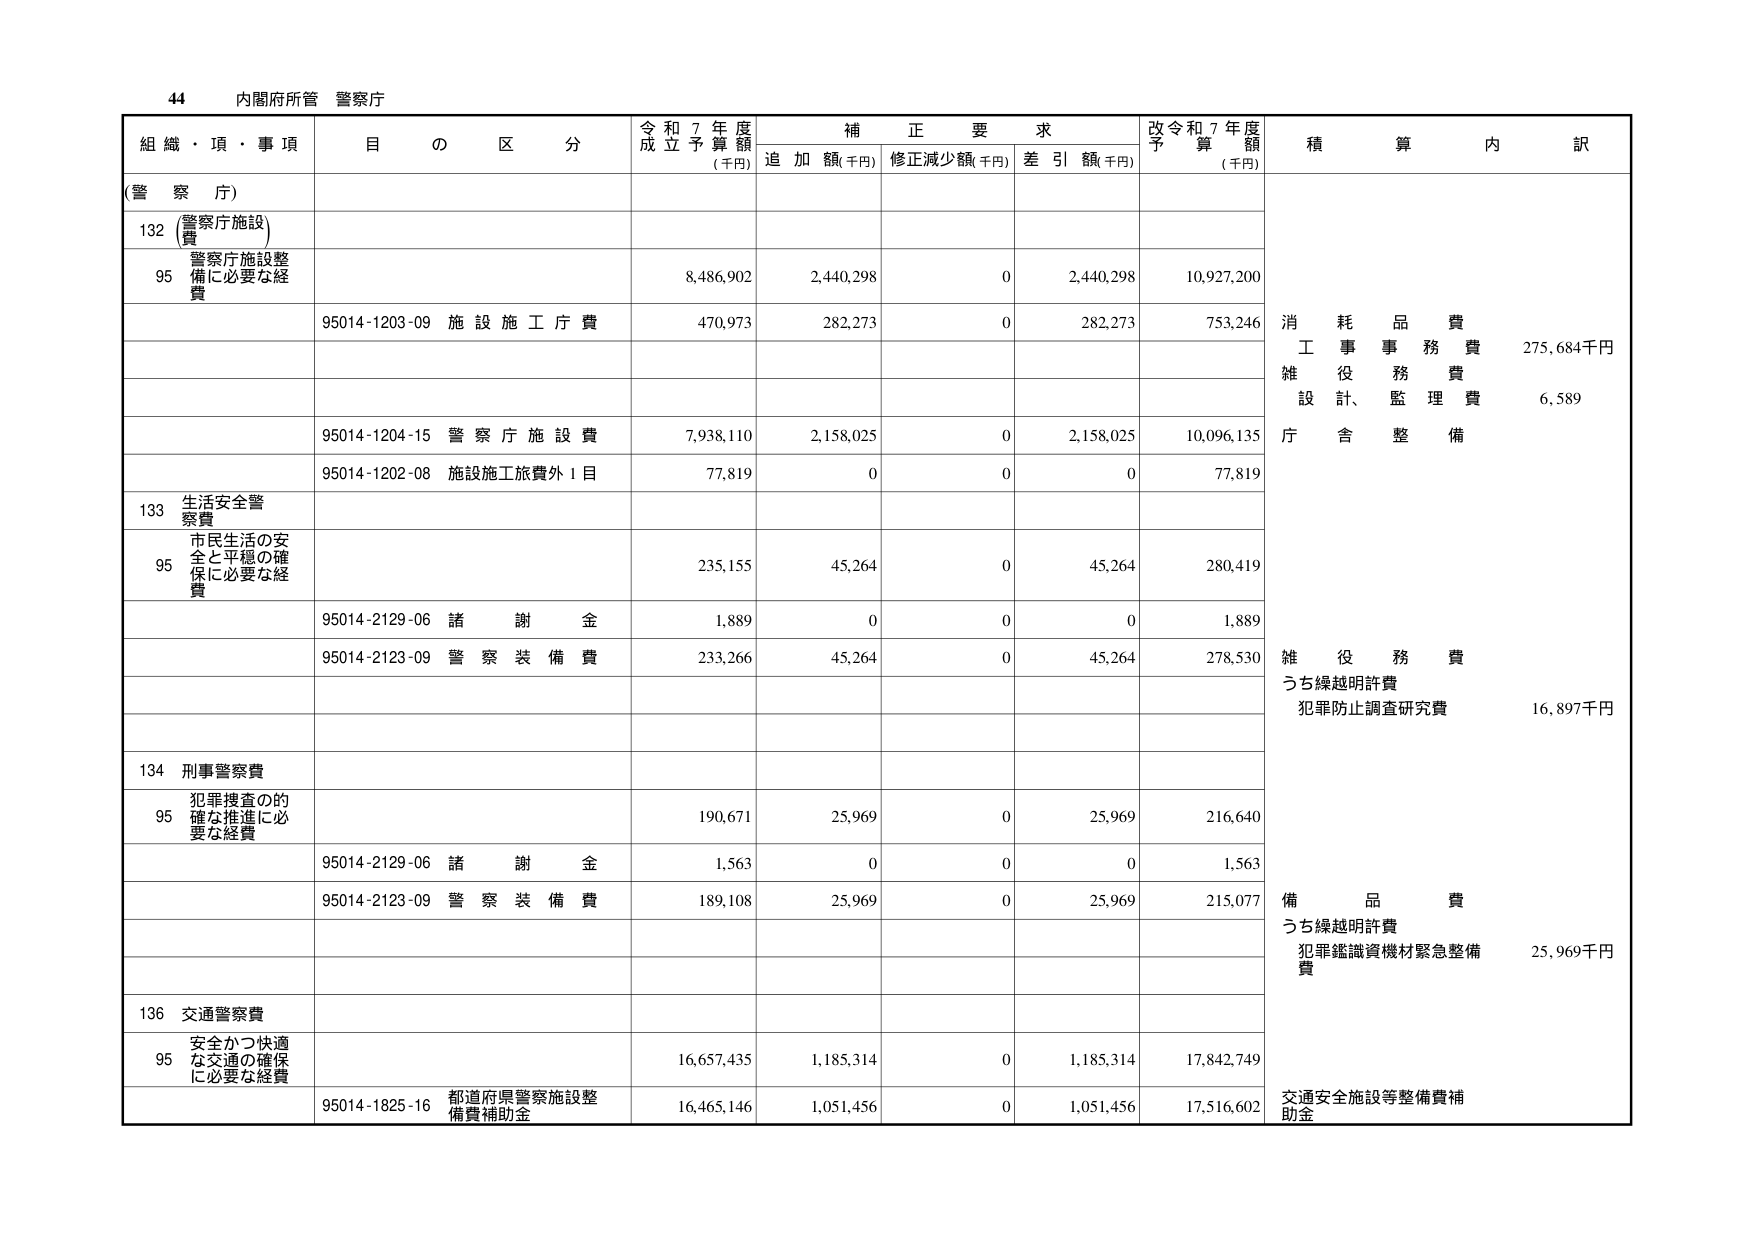
44 内閣府所管 警察庁

組織・項・事項 目の区分 令和7年度成立予算額(千円) 補正要求 追加額(千円) 修正減少額(千円) 差引額(千円) 改令和7年度予算額(千円) 積算内訳

(警察庁)

132 (警察庁施設費)

95 警察庁施設整備に必要な経費 8,486,902 2,440,298 0 2,440,298 10,927,200

95014-1203-09 施設施工庁費 470,973 282,273 0 282,273 753,246 消耗品費 275,684千円
工事事務費
雑役務費 6,589
設計、監理費
庁舎整備

95014-1204-15 警察庁施設費 7,938,110 2,158,025 0 2,158,025 10,096,135

95014-1202-08 施設施工旅費外1目 77,819 0 0 0 77,819

133 生活安全警察費

95 市民生活の安全と平穏の確保に必要な経費 235,155 45,264 0 45,264 280,419

95014-2129-06 諸謝金 1,889 0 0 0 1,889

95014-2123-09 警察装備費 233,266 45,264 0 45,264 278,530 雑役務費
うち繰越明許費
犯罪防止調査研究費 16,897千円

134 刑事警察費

95 犯罪捜査の的確な推進に必要な経費 190,671 25,969 0 25,969 216,640

95014-2129-06 諸謝金 1,563 0 0 0 1,563

95014-2123-09 警察装備費 189,108 25,969 0 25,969 215,077 備品費
うち繰越明許費
犯罪鑑識資機材緊急整備費 25,969千円

136 交通警察費

95 安全かつ快適な交通の確保に必要な経費 16,657,435 1,185,314 0 1,185,314 17,842,749

95014-1825-16 都道府県警察施設整備費補助金 16,465,146 1,051,456 0 1,051,456 17,516,602 交通安全施設等整備費補助金